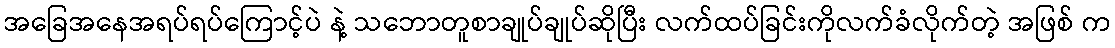
အခြေအနေအရပ်ရပ်ကြောင့်ပဲ နဲ့ သဘောတူစာချုပ်ချုပ်ဆိုပြီး လက်ထပ်ခြင်းကိုလက်ခံလိုက်တဲ့ အဖြစ် က